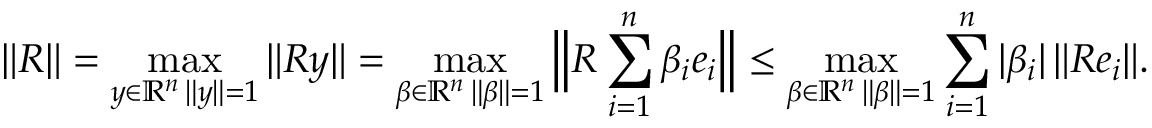
\| R \| = \operatorname* { m a x } _ { \substack { y \in \mathbb { R } ^ { n } \, \| y \| = 1 } } \| R y \| = \operatorname* { m a x } _ { \substack { \beta \in \mathbb { R } ^ { n } \, \| \beta \| = 1 } } \Big \| R \sum _ { i = 1 } ^ { n } \beta _ { i } e _ { i } \Big \| \leq \operatorname* { m a x } _ { \substack { \beta \in \mathbb { R } ^ { n } \, \| \beta \| = 1 } } \sum _ { i = 1 } ^ { n } | \beta _ { i } | \, \| R e _ { i } \| .